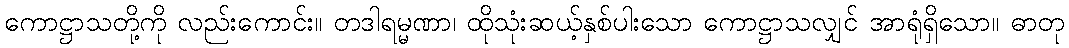
ကောဋ္ဌာသတို့ကို လည်းကောင်း။ တဒါရမ္မဏာ၊ ထိုသုံးဆယ့်နှစ်ပါးသော ကောဋ္ဌာသလျှင် အာရုံရှိသော။ ဓာတု